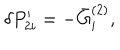
\delta P _ { 2 i } ^ { \prime } = - \bar { G } _ { i } ^ { ( 2 ) } ,